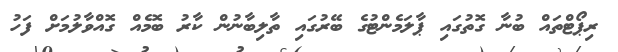
ރިޕޯޓްތައް ބުނާ ގޮތުގައި ޕާލަމެންޓުގެ ބޭރުގައި ތާލިބާނުން ކާރު ބޮމެއް ގޮއްވާލުމަށް ފަހު